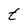
Character: t